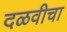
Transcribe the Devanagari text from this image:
दळवीचा